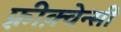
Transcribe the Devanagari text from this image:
फ़्रीक़्वेन्सी